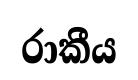
රාකීය